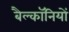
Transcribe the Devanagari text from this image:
बैल्कॉनियों